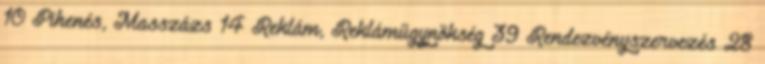
10 Pihenés, Masszázs 14 Reklám, Reklámügynökség 39 Rendezvényszervezés 28